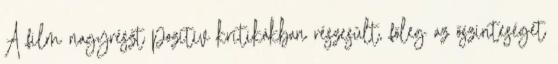
A film nagyrészt pozitív kritikákban részesült, főleg az őszinteségét